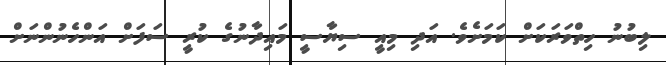
ލިބުނު ހިތްވަރަކަށް ކަމަށެވެ. އަދި މިއީ ސިޔާސީ މައިދާނުގެ ކުރީ ސަފަށް އަންހެނުންނަށް